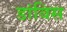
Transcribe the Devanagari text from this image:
डांबिस